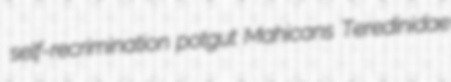
self-recrimination potgut Mahicans Teredinidae